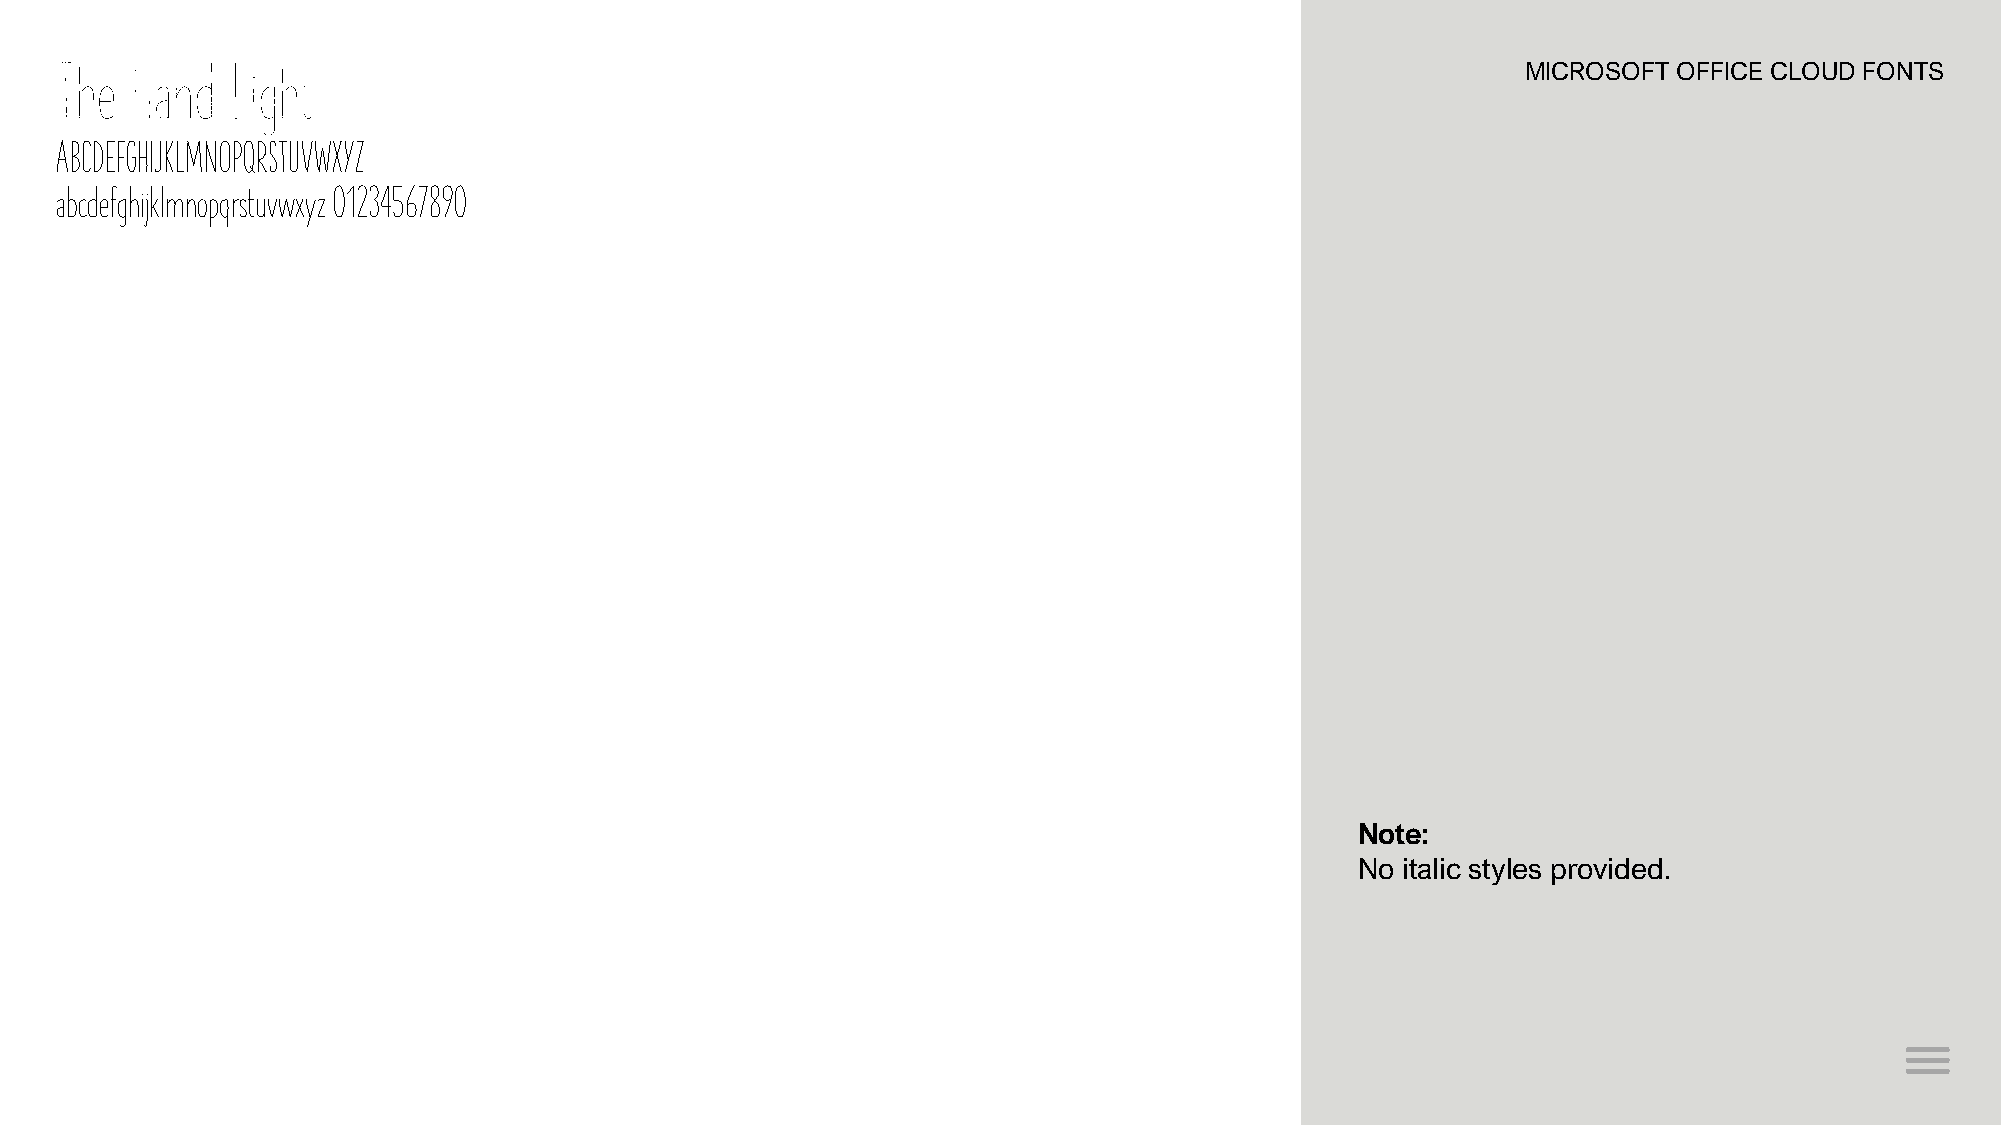
The  Hand  Light                                                                                 MICROSOFT OFFICE CLOUD FONTS
 ABCDEFGHIJKLMNOPQRSTUVWXYZ
 abcdefghijklmnopqrstuvwxyz 01234567890
 Note:
 No italic styles provided.